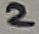
Text: 2